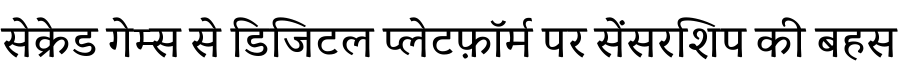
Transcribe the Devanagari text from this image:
सेक्रेड गेम्स से डिजिटल प्लेटफ़ॉर्म पर सेंसरशिप की बहस